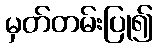
မှတ်တမ်းပြု၍